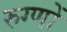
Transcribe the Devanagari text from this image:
रुग्णों